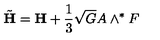
{ \tilde { \bf H } } = { \bf H } + \frac 1 3 \sqrt { G } A \wedge ^ { * } F ~